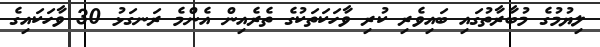
ލިޔުމުގެ މުބާރާތުގައި ބައިވެރި ކުރި ވާހަކަތަކުގެ ތެރެއިން އެންމެ ރަނގަޅު 30 ވާހަކައިގެ